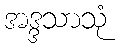
အဒ္ဒသာသုံ